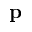
\mathbf { p }